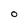
Character: 0